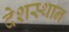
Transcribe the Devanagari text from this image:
देशस्थान